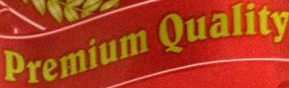
Premium Quality